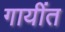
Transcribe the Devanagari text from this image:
गायींत